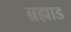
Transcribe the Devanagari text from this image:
ब्रह्माड